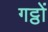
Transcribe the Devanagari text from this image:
गट्ठों